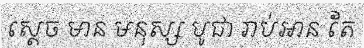
ស្តេច មាន មនុស្ស បូជា រាប់អាន តែ